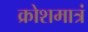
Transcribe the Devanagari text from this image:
क्रोशमात्रं